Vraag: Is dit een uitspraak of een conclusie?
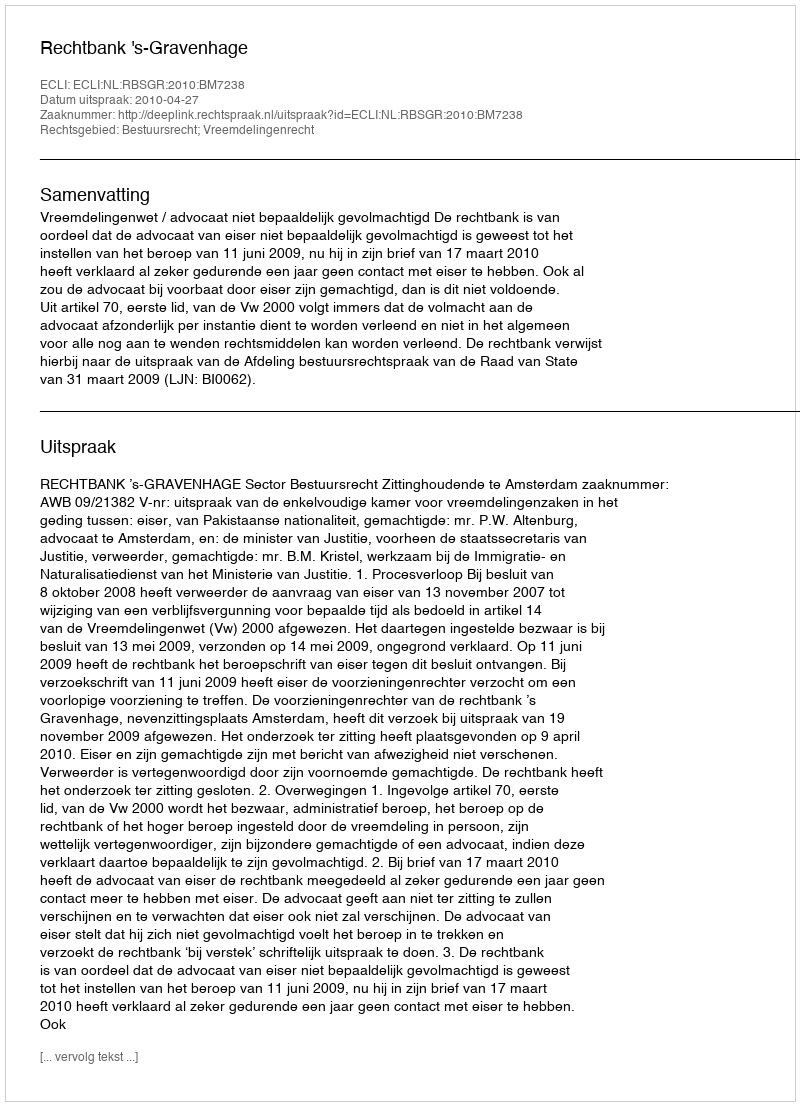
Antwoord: Uitspraak